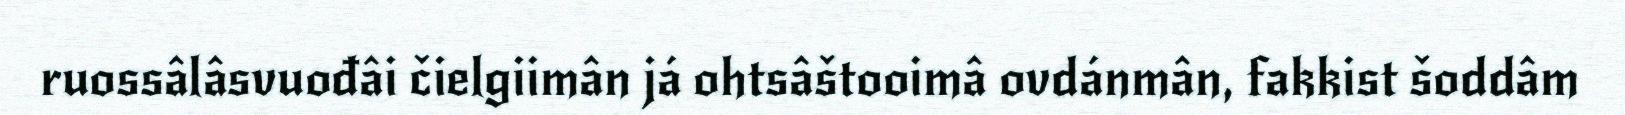
ruossâlâsvuođâi čielgiimân já ohtsâštooimâ ovdánmân, fakkist šoddâm